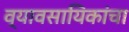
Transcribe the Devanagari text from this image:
व्यावसायिकांचा